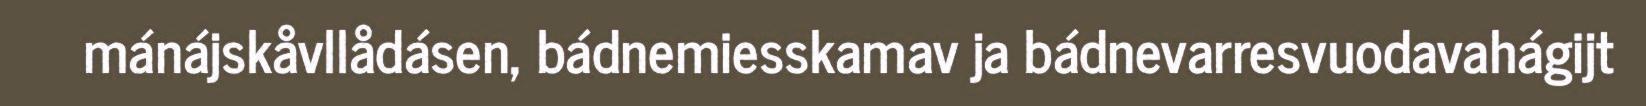
mánájskåvllådásen, bádnemiesskamav ja bádnevarresvuodavahágijt